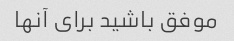
موفق باشید برای آنها